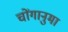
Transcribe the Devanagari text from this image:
चोंगानुमा